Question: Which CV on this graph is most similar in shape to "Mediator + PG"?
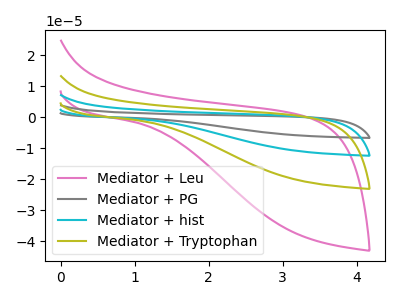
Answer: <think>The pink curve "Mediator + Leu" has no peaks. The gray curve "Mediator + PG" has no peaks. The cyan curve "Mediator + hist" has no peaks. The olive curve "Mediator + Tryptophan" has no peaks.
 Neither "Mediator + Leu" or "Mediator + PG" have any peaks. Neither "Mediator + Leu" or "Mediator + hist" have any peaks. Neither "Mediator + Leu" or "Mediator + Tryptophan" have any peaks. Neither "Mediator + PG" or "Mediator + hist" have any peaks. Neither "Mediator + PG" or "Mediator + Tryptophan" have any peaks. Neither "Mediator + hist" or "Mediator + Tryptophan" have any peaks.</think>
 <answer>"Mediator + PG", "Mediator + hist" and "Mediator + Tryptophan" have a similar shape to "Mediator + Leu".</answer>
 <eval>"Mediator + PG" "Mediator + hist" "Mediator + Tryptophan"</eval>